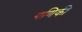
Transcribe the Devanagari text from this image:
गणिकी